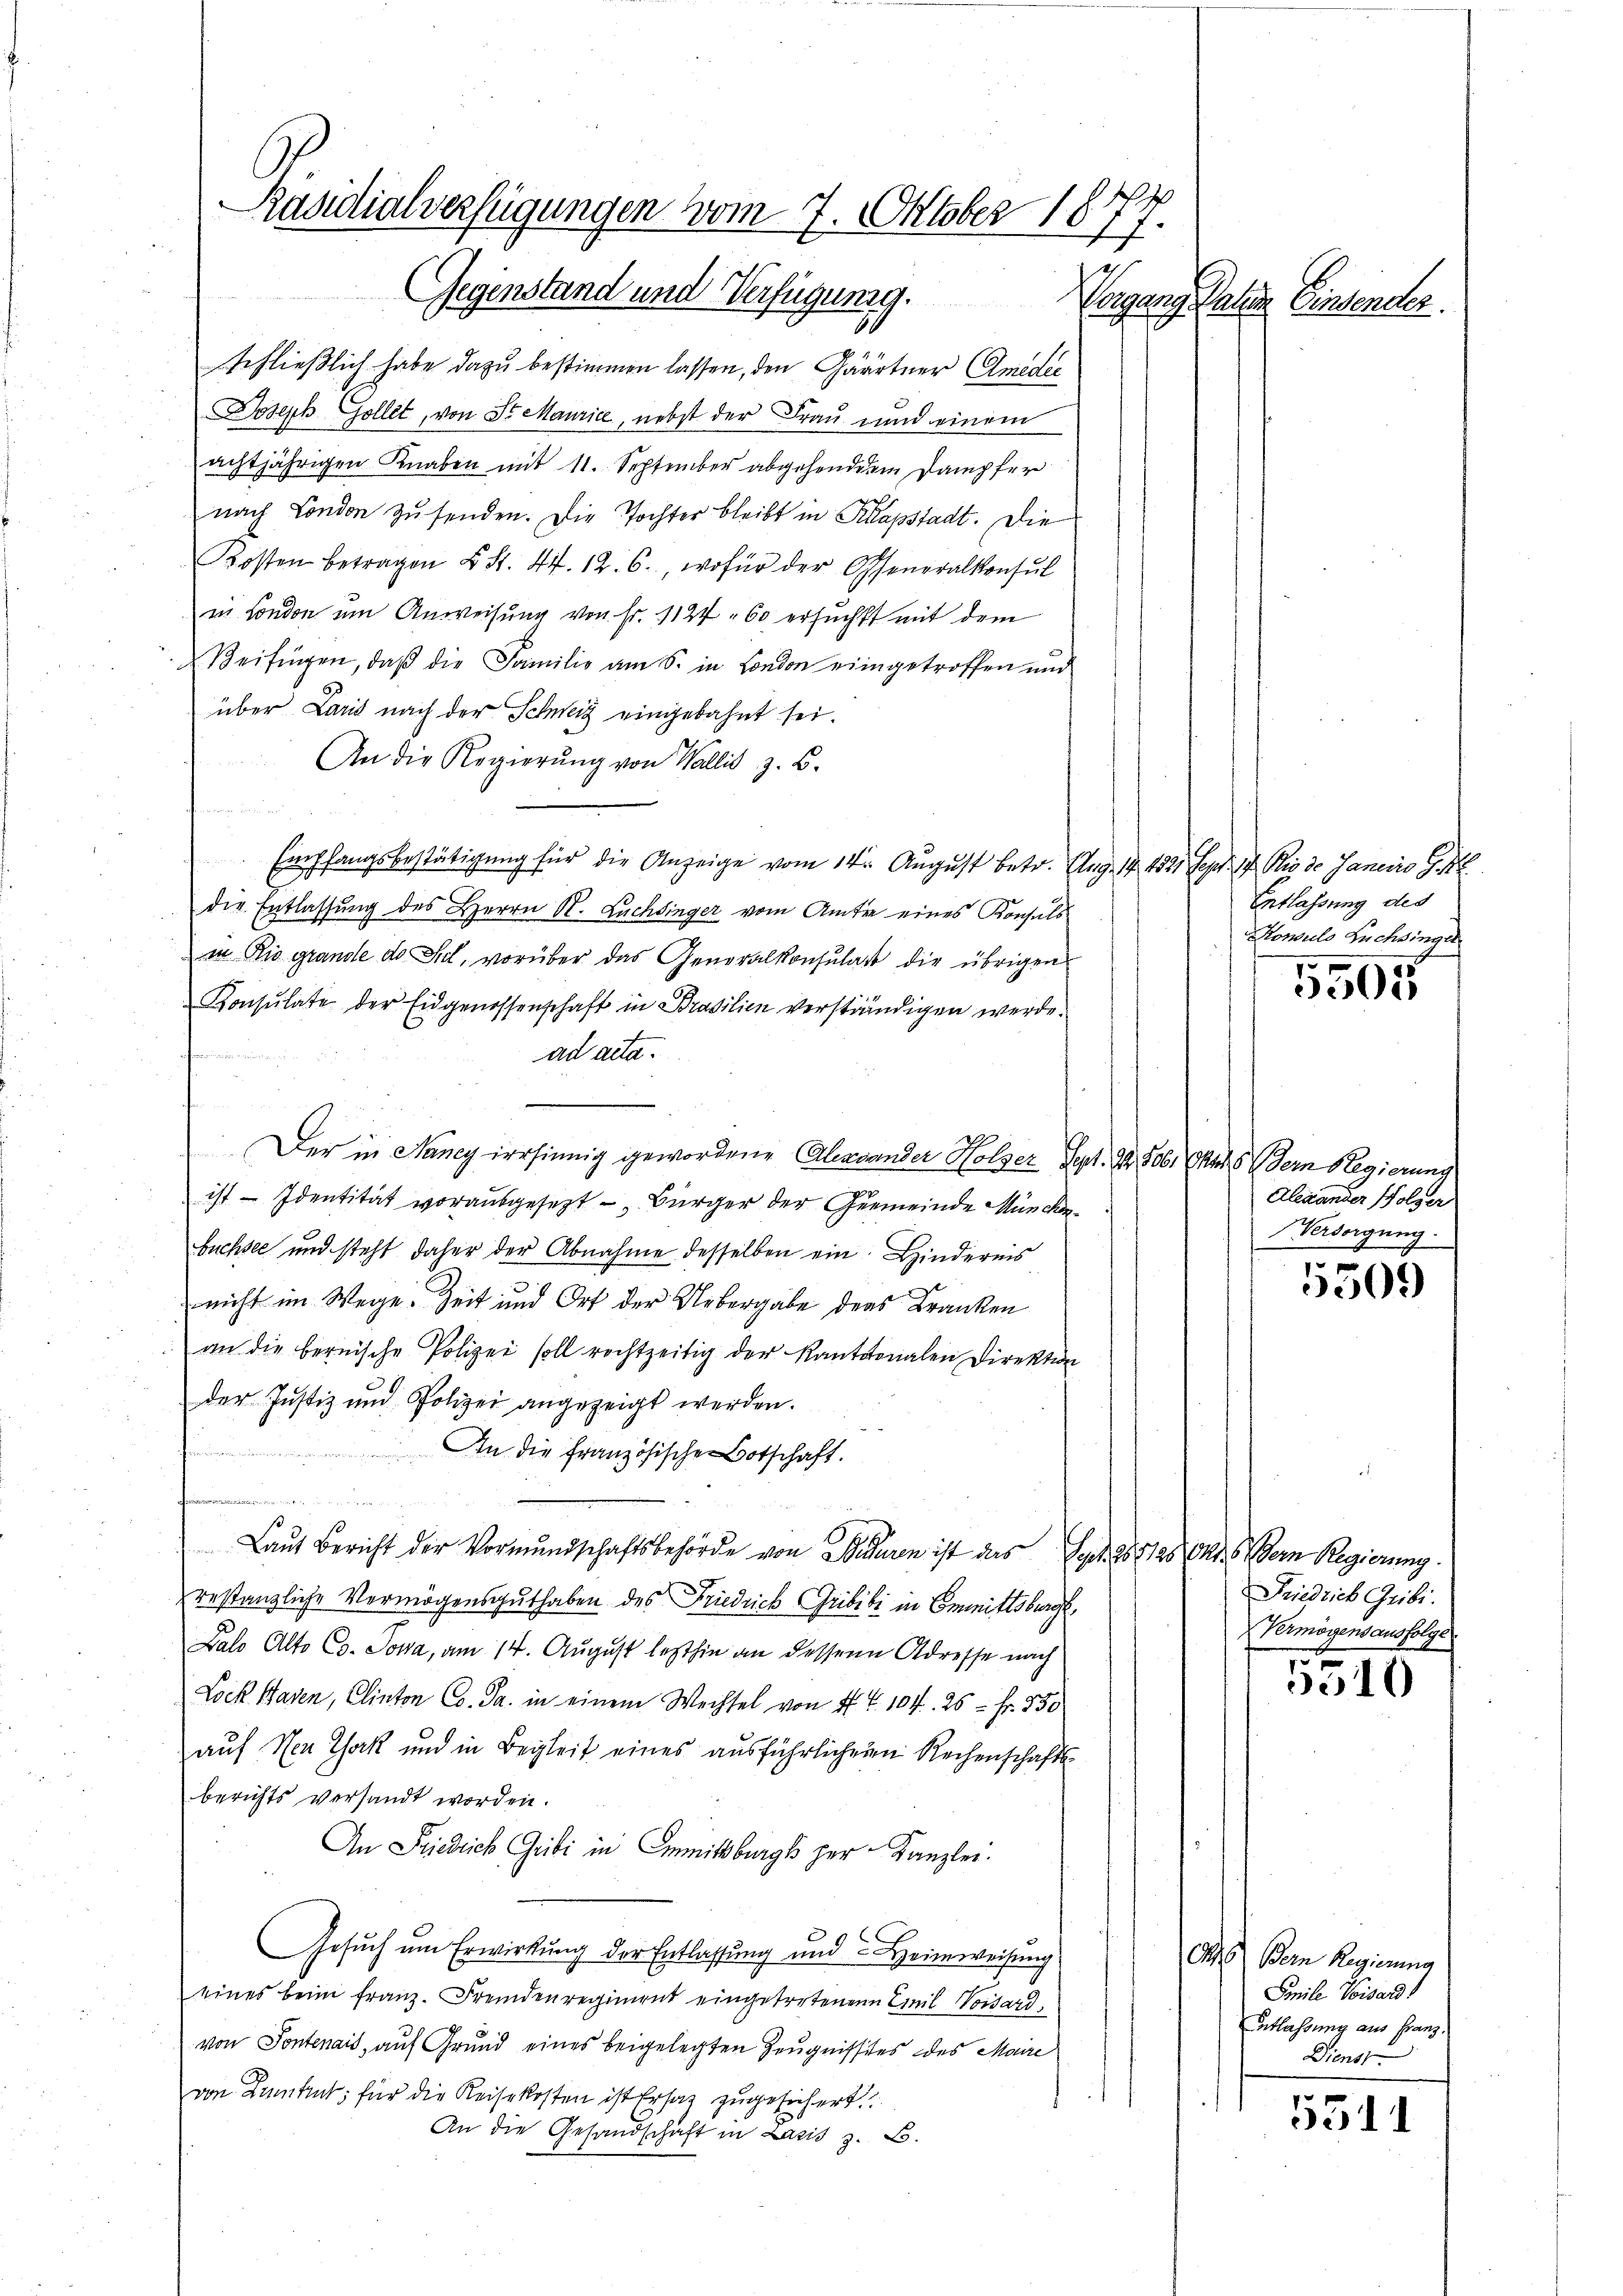
Päsidialverfügungen vom 7. Oktober 1877.
Gegenstand und Verfügung.
Vorgang. Paten Einsender
25

schließlich habe dazu bestimmen lassen, den Gärtner Amedic
Joseph Gollet, von Sr. Maurice, nebst der Frau und einem
achtjährigen Knaben mit 11. September abgehendem Dampfer
nach London zu senden. Die Tochter bleibt in Klapstadt. Die
Kosten betragen L. S. 44. 12. 6., wofür der Offeneralkonsul
mn London um Anweisung von Fr. 1124, 60 ersuchst mit dem
Beisingen, daß die Familie am 6. in London eingetroffen und
über Larid nach der Schweiz eingebahnt sei.
An die Regierŭng von Wallis, z. B.
a
Empfangsbestätigung für die Anzeige vom 14ten August betr. Aug. 14. 1821. Sept. 17. Rio 30 Janein G.
die Entlassung des Herrn K. Lachsinger vom Amter eines Konsuls
in Rio grande de Seel, vorüber das Generalkonsulatt die übrigen
Konsulate der Eidgenossenschaft in Brasilien verständigen werde.
ad acta.
fen
d
Der in Nancy irrsinnig gewordene Alexander Holzer Sept. d. 506. Ohne dern Regierung
ist – Identität vorausgesetzt - Bürger der Gemeinde Münchenbüchsee und steht daher der Abnahme desselben ein Hindernis
nicht im Wege Zeit und Ort der Uebergabe ders Kranken
an die bernische Polizei soll rechtzeitig der Kantonalen Direktion
der Justiz und Polizei angezeigt werden.
e
An die französische Botschaft.

Laŭt Bericht der Vormŭndschaftsbehörde von Seduren ist das Sept. 888128 Art. 6 dern Regierung.
restanzliche Vermögensguthaben des Friedrich Gribibi in Emmittsburg,
Balo Alto Co. Sowa, am 14. August lezthin an dessen Adresse nach
Lock Baden, Clinton Co. Ja. in einem Wechsel von 4 f. 104. 25 - Fr. 350
auf Nen Isak und in Begleit eines ausführlichen Rechenschafts
berichts versandt worden.
An Friedrich Gribi in Immitburg her Kanzlei.
Gesuch um Erwirkung der Entlassung und Heimweisung
eines beim franz. Fremdenregiment eingetretenen Emil Vorsard,
von Pontenais, auf Grund eines beigelegten Zeugnisses des Maire
von Luntrut für die Reisekosten ist Ersatz zugesichert
An die Gesandschaft in Lazis z. B.

Entlassung des
Ronulo Züchsinger

5505

Alexander Folger
Versorgung.

5509

Friedrich Gribi.
Vermögensausfolge

316)

as Bern Regierung
Smile Visards
ntlassung aus Franz,
Diens

5311